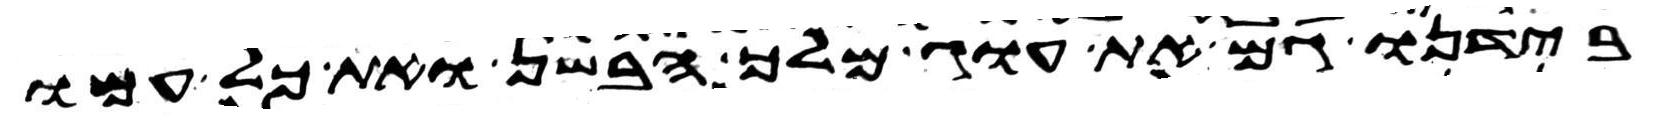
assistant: בידנו גם את עוג מלך הבשן ואת כל עמו